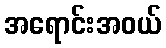
အရောင်းအဝယ်